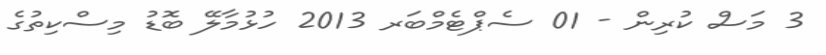
3 މަސް ކުރިން - 01 ސެޕްޓެމްބަރ 2013 ހުޅުމާލޭ ބޮޑު މިސްކިތުގެ